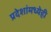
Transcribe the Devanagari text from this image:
प्रदेशांमध्येही